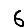
Digit: 6